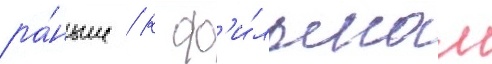
ра́ньше / к ф'и́льмам